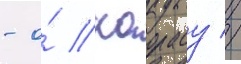
- о́ каорасу //